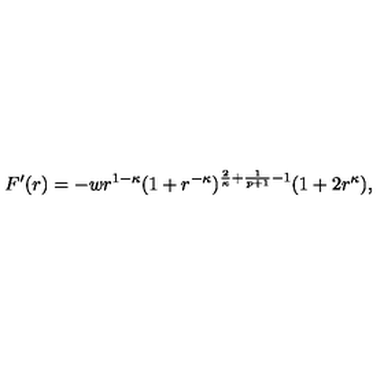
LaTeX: F ^ { \prime } ( r ) = - w r ^ { 1 - \kappa } ( 1 + r ^ { - \kappa } ) ^ { \frac { 2 } { \kappa } + \frac { 1 } { p + 1 } - 1 } ( 1 + 2 r ^ { \kappa } ) ,